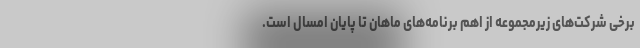
برخی شرکت‌های زیرمجموعه از اهم برنامه‌های ماهان تا پایان امسال است.